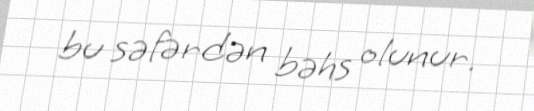
bu səfərdən bəhs olunur.